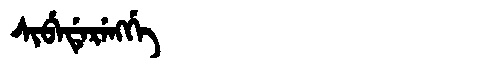
Manchu: ᠰᡳᠪᡝᡩᡝᡵᡝᠩᡤᡝ
Romanization: SIBEDERENGGE